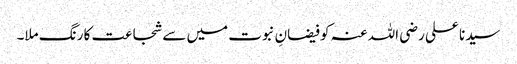
سیدنا علی رضی اللہ عنہ کو فیضانِ نبوت میں سے شجاعت کا رنگ ملا۔